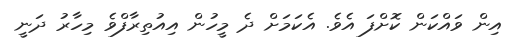
އިން ވައްކަން ކޮށްފަ އެވެ. އެކަމަށް ދެ މީހުން އިއުތިރާފްވެ މިހާރު ދަނީ